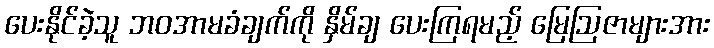
ပေးနိုင်ခဲ့သူ ဘဝအာမခံချက်ကို နှိမ်ချ ပေးကြရမည့် မြေဩဇာများအား